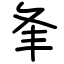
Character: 夆